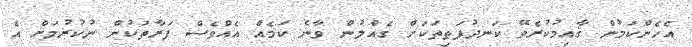
އެހެންކަމުން ޤާއިމުކުރެވޭ ކަނދުފަތިތަކަށް ގެއްލުން ވާނެ ކަމެއް އެއްވެސް ފަރާތަކުން ނުުކުރުމަށް އެ